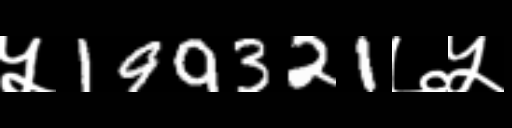
Text: ५199321७५